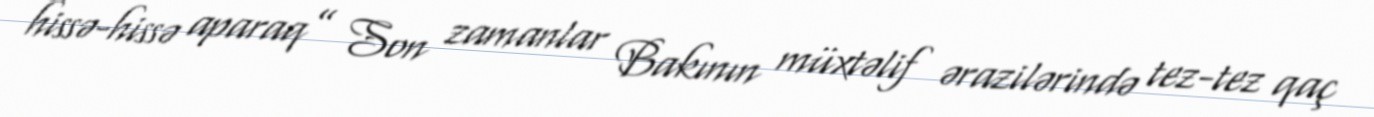
hissə-hissə aparaq” Son zamanlar Bakının müxtəlif ərazilərində tez-tez qaç